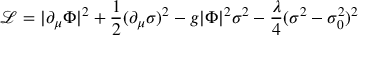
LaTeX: { \mathcal { L } } = | \partial _ { \mu } \Phi | ^ { 2 } + { \frac { 1 } { 2 } } ( \partial _ { \mu } \sigma ) ^ { 2 } - g | \Phi | ^ { 2 } \sigma ^ { 2 } - { \frac { \lambda } { 4 } } ( \sigma ^ { 2 } - \sigma _ { 0 } ^ { 2 } ) ^ { 2 }